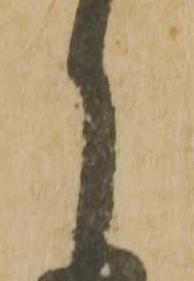
月